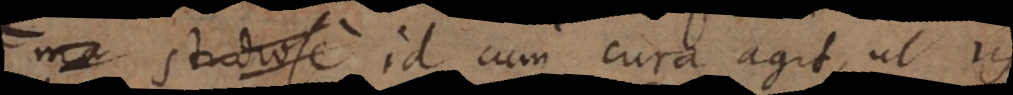
ma studiose id cum cura agit, ut